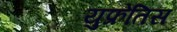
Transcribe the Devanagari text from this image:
युफ्रेतिस